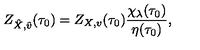
Z _ { \hat { X } , \hat { v } } ( \tau _ { 0 } ) = Z _ { X , v } ( \tau _ { 0 } ) \frac { \chi _ { \lambda } ( \tau _ { 0 } ) } { \eta ( \tau _ { 0 } ) } ,